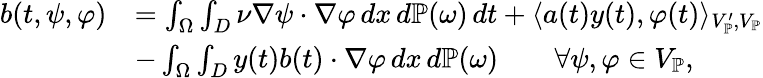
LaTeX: \begin{array}{rl}{b(t,\psi,\varphi)}&{=\int_{\Omega}\int_{D}\nu\nabla\psi\cdot\nabla\varphi\, dx\, d\mathbb{P}(\omega)\, dt+\langle a(t)y(t),\varphi(t)\rangle_{V_{\mathbb{P}}^{\prime},V_{\mathbb{P}}}}\\ &{-\int_{\Omega}\int_{D}y(t)b(t)\cdot\nabla\varphi\, dx\, d\mathbb{P}(\omega)\qquad\forall\psi,\varphi\in V_{\mathbb{P}},}\end{array}